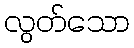
လွတ်သော